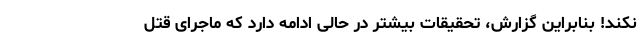
نکند! بنابراین گزارش، تحقیقات بیشتر در حالی ادامه دارد که ماجرای قتل